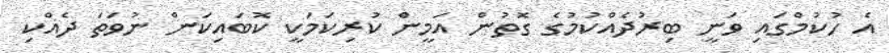
އެ ހުކުމްގައި ވަނީ ބިރުދެއްކުމުގެ ގޮތުން އަމީން ކުރިކަމަކީ ކޮބައިކަން ނުވަތަ ދެއްކި